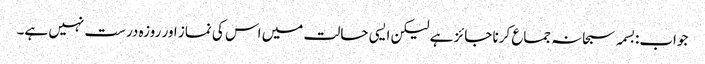
جواب:بسمہ سبحانہ جماع کرنا جائز ہے لیکن ایسی حالت میں اس کی نماز اور روزہ درست نہیں ہے۔